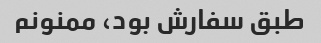
طبق سفارش بود، ممنونم